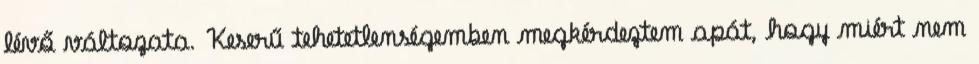
lévő változata. Keserű tehetetlenségemben megkérdeztem apát, hogy miért nem